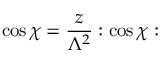
\cos \chi = \frac { z } { \Lambda ^ { 2 } } : \cos \chi :